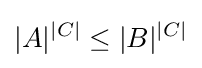
|A|^{|C|}\leq |B|^{|C|}